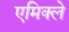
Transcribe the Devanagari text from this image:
एमिक्ले